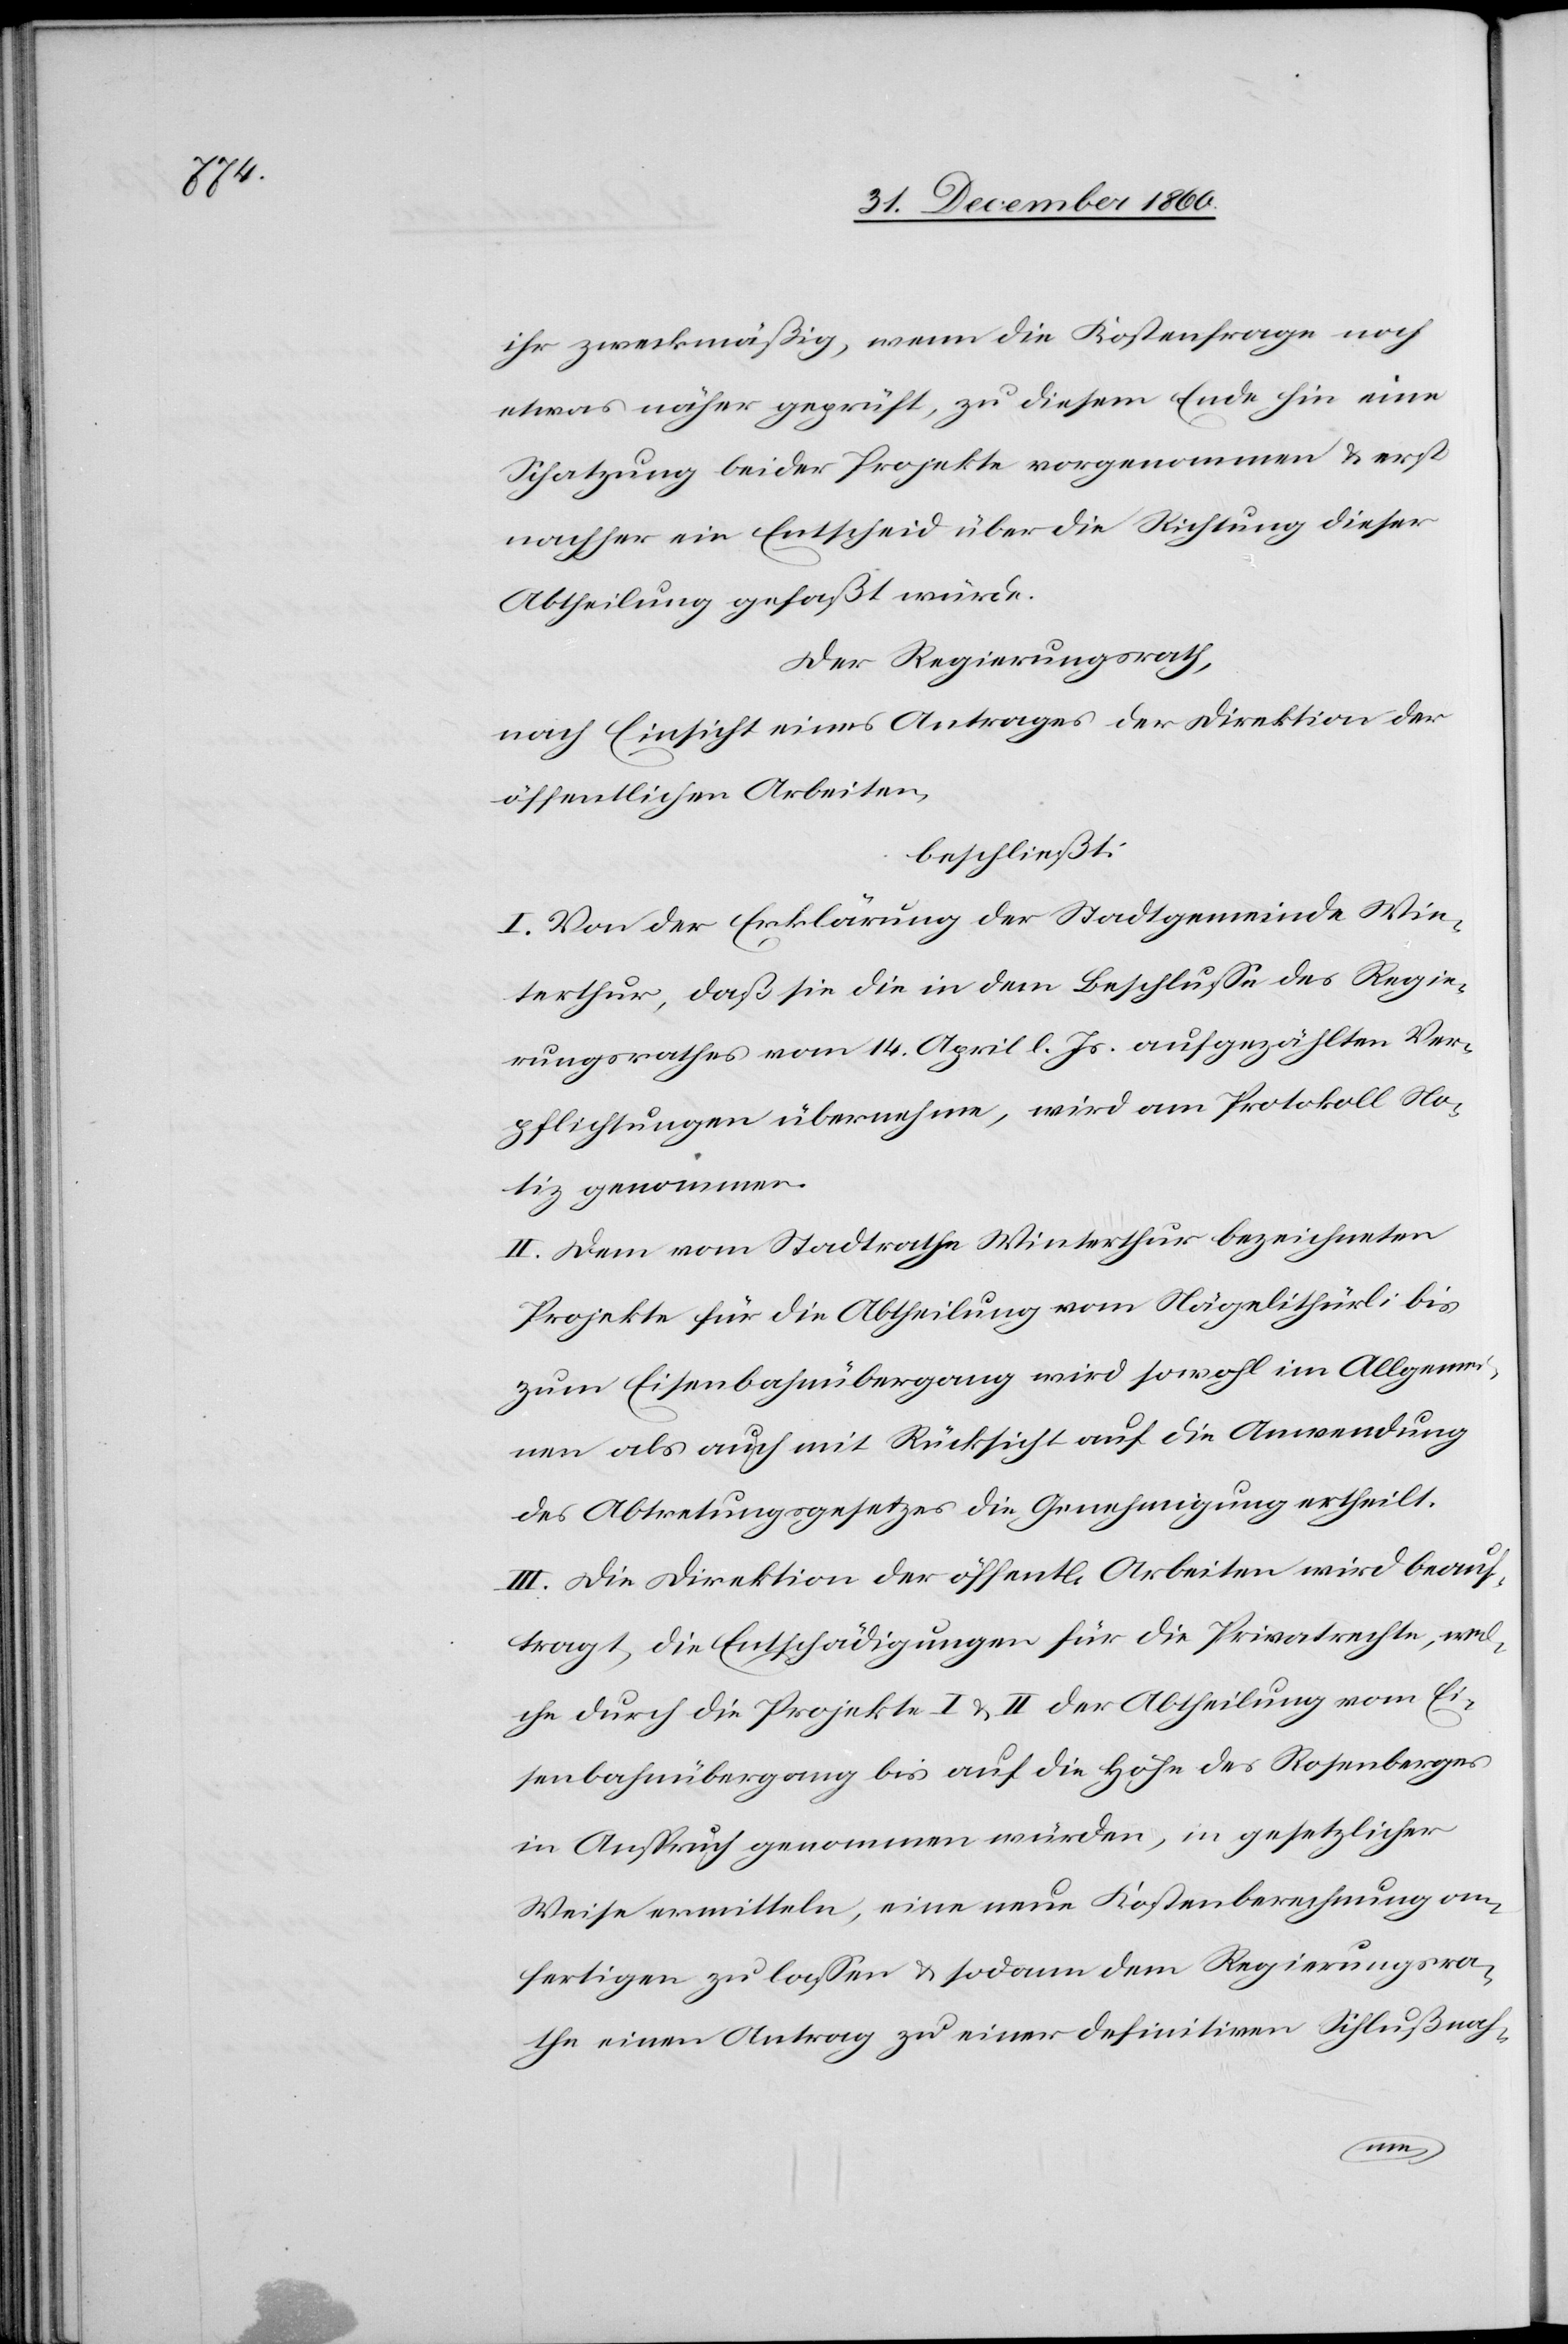
ihr zweckmäßig, wenn die Kostenfrage noch
etwas näher geprüft, zu diesem Ende hin eine
Schatzung beider Projekte vorgenommen u. erst
nachher ein Entscheid über die Richtung dieser
Abtheilung gefaßt würde.
Der Regierungsrath,
nach Einsicht eines Antrages der Direktion der
öffentlichen Arbeiten,
beschließt:
I. Von der Erklärung der Stadtgemeinde Win¬
terthur, daß sie die in dem Beschlusse des Regie¬
rungsrathes vom 14. April l. Js. aufgezählten Ver¬
pflichtungen übernehme, wird am Protokoll No¬
tiz genommen.
II. Dem vom Stadtrathe Winterthur bezeichneten
Projekte für die Abtheilung vom Nägelithürli bis
zum Eisenbahnübergang wird sowohl im Allgemei¬
nen als auch mit Rücksicht auf die Anwendung
des Abtretungsgesetzes die Genehmigung ertheilt.
III. Die Direktion der öffentl. Arbeiten wird beauf¬
tragt, die Entschädigungen für die Privatrechte, wel¬
che durch die Projekte I u. II der Abtheilung vom Ei¬
senbahnübergang bis auf die Höhe des Rosenberges
in Anspruch genommen würden, in gesetzlicher
Weise ermitteln, eine neue Kostenberechnung an¬
fertigen zu lassen u. sodann dem Regierungsra¬
the einen Antrag zu einer definitiven Schlußnah-